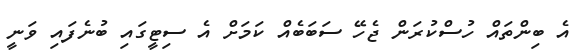
އެ ބިންތައް ހުސްކުރަން ޖެހޭ ސަބަބެއް ކަމަށް އެ ސިޓީގައި ބުނެފައި ވަނީ